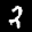
Label: 2